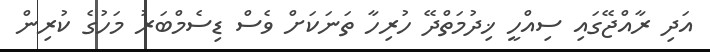
އަދި ރާއްޖޭގައި ސިއްހީ ޚިދުމަތްދޭ ހުރިހާ ތަނަކަށް ވެސް ޑިސެމްބަރު މަހުގެ ކުރިން